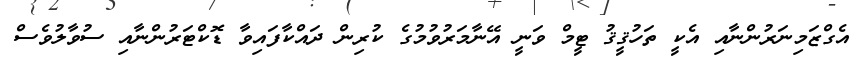
އެގްޒަމިނަރުންނާއި އެކީ ތަހުޤީޤު ޓީމް ވަނީ އޭނާމަރުވުމުގެ ކުރިން ދައްކާފައިވާ ޑޮކްޓަރުންނާއި ސުވާލުވެސް